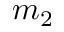
m _ { 2 }